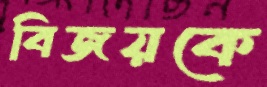
বিজয়কে